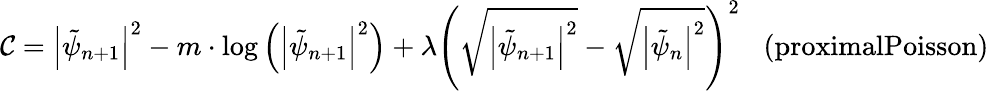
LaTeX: \mathcal{C}=\left|\tilde{\psi}_{n+1}\right|^{2}-m\cdot\log\left(\left|\tilde{\psi}_{n+1}\right|^{2}\right)+\lambda\left(\sqrt{\left|\tilde{\psi}_{n+1}\right|^{2}}-\sqrt{\left|\tilde{\psi}_{n}\right|^{2}}\right)^{2}\; \; \; \textrm{(proximalPoisson)}